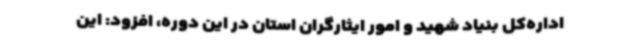
اداره‌کل بنیاد شهید و امور ایثارگران استان در این دوره، افزود: این